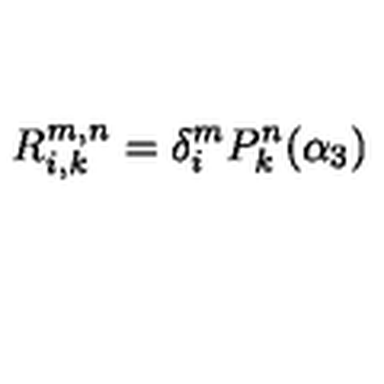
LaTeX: R _ { i , k } ^ { m , n } = \delta _ { i } ^ { m } P _ { k } ^ { n } ( \alpha _ { 3 } )